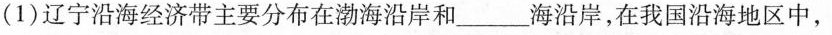
(1)辽宁沿海经济带主要分布在渤海沿岸和_____海沿岸，在我国沿海地区中，